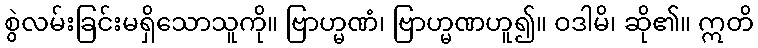
စွဲလမ်းခြင်းမရှိသောသူကို။ ဗြာဟ္မဏံ၊ ဗြာဟ္မဏဟူ၍။ ဝဒါမိ၊ ဆို၏။ ဣတိ